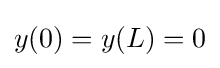
y(0)=y(L)=0